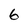
Character: G